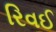
રિવઈ